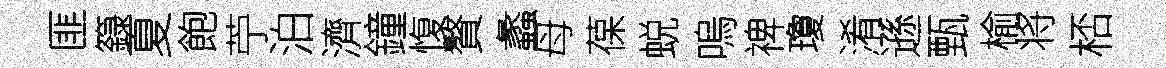
匪籙夏飽苧泊濟鐘愎贅蠡母葆蜕嗚禆瓊淆遜甄榆将桮